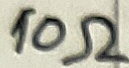
Text: 10Ω